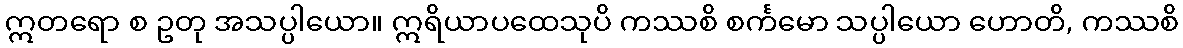
ဣတရော စ ဥတု အသပ္ပါယော။ ဣရိယာပထေသုပိ ကဿစိ စင်္ကမော သပ္ပါယော ဟောတိ, ကဿစိ